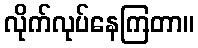
လိုက်လုပ်နေကြတာ။